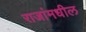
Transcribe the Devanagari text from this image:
राजांमधील